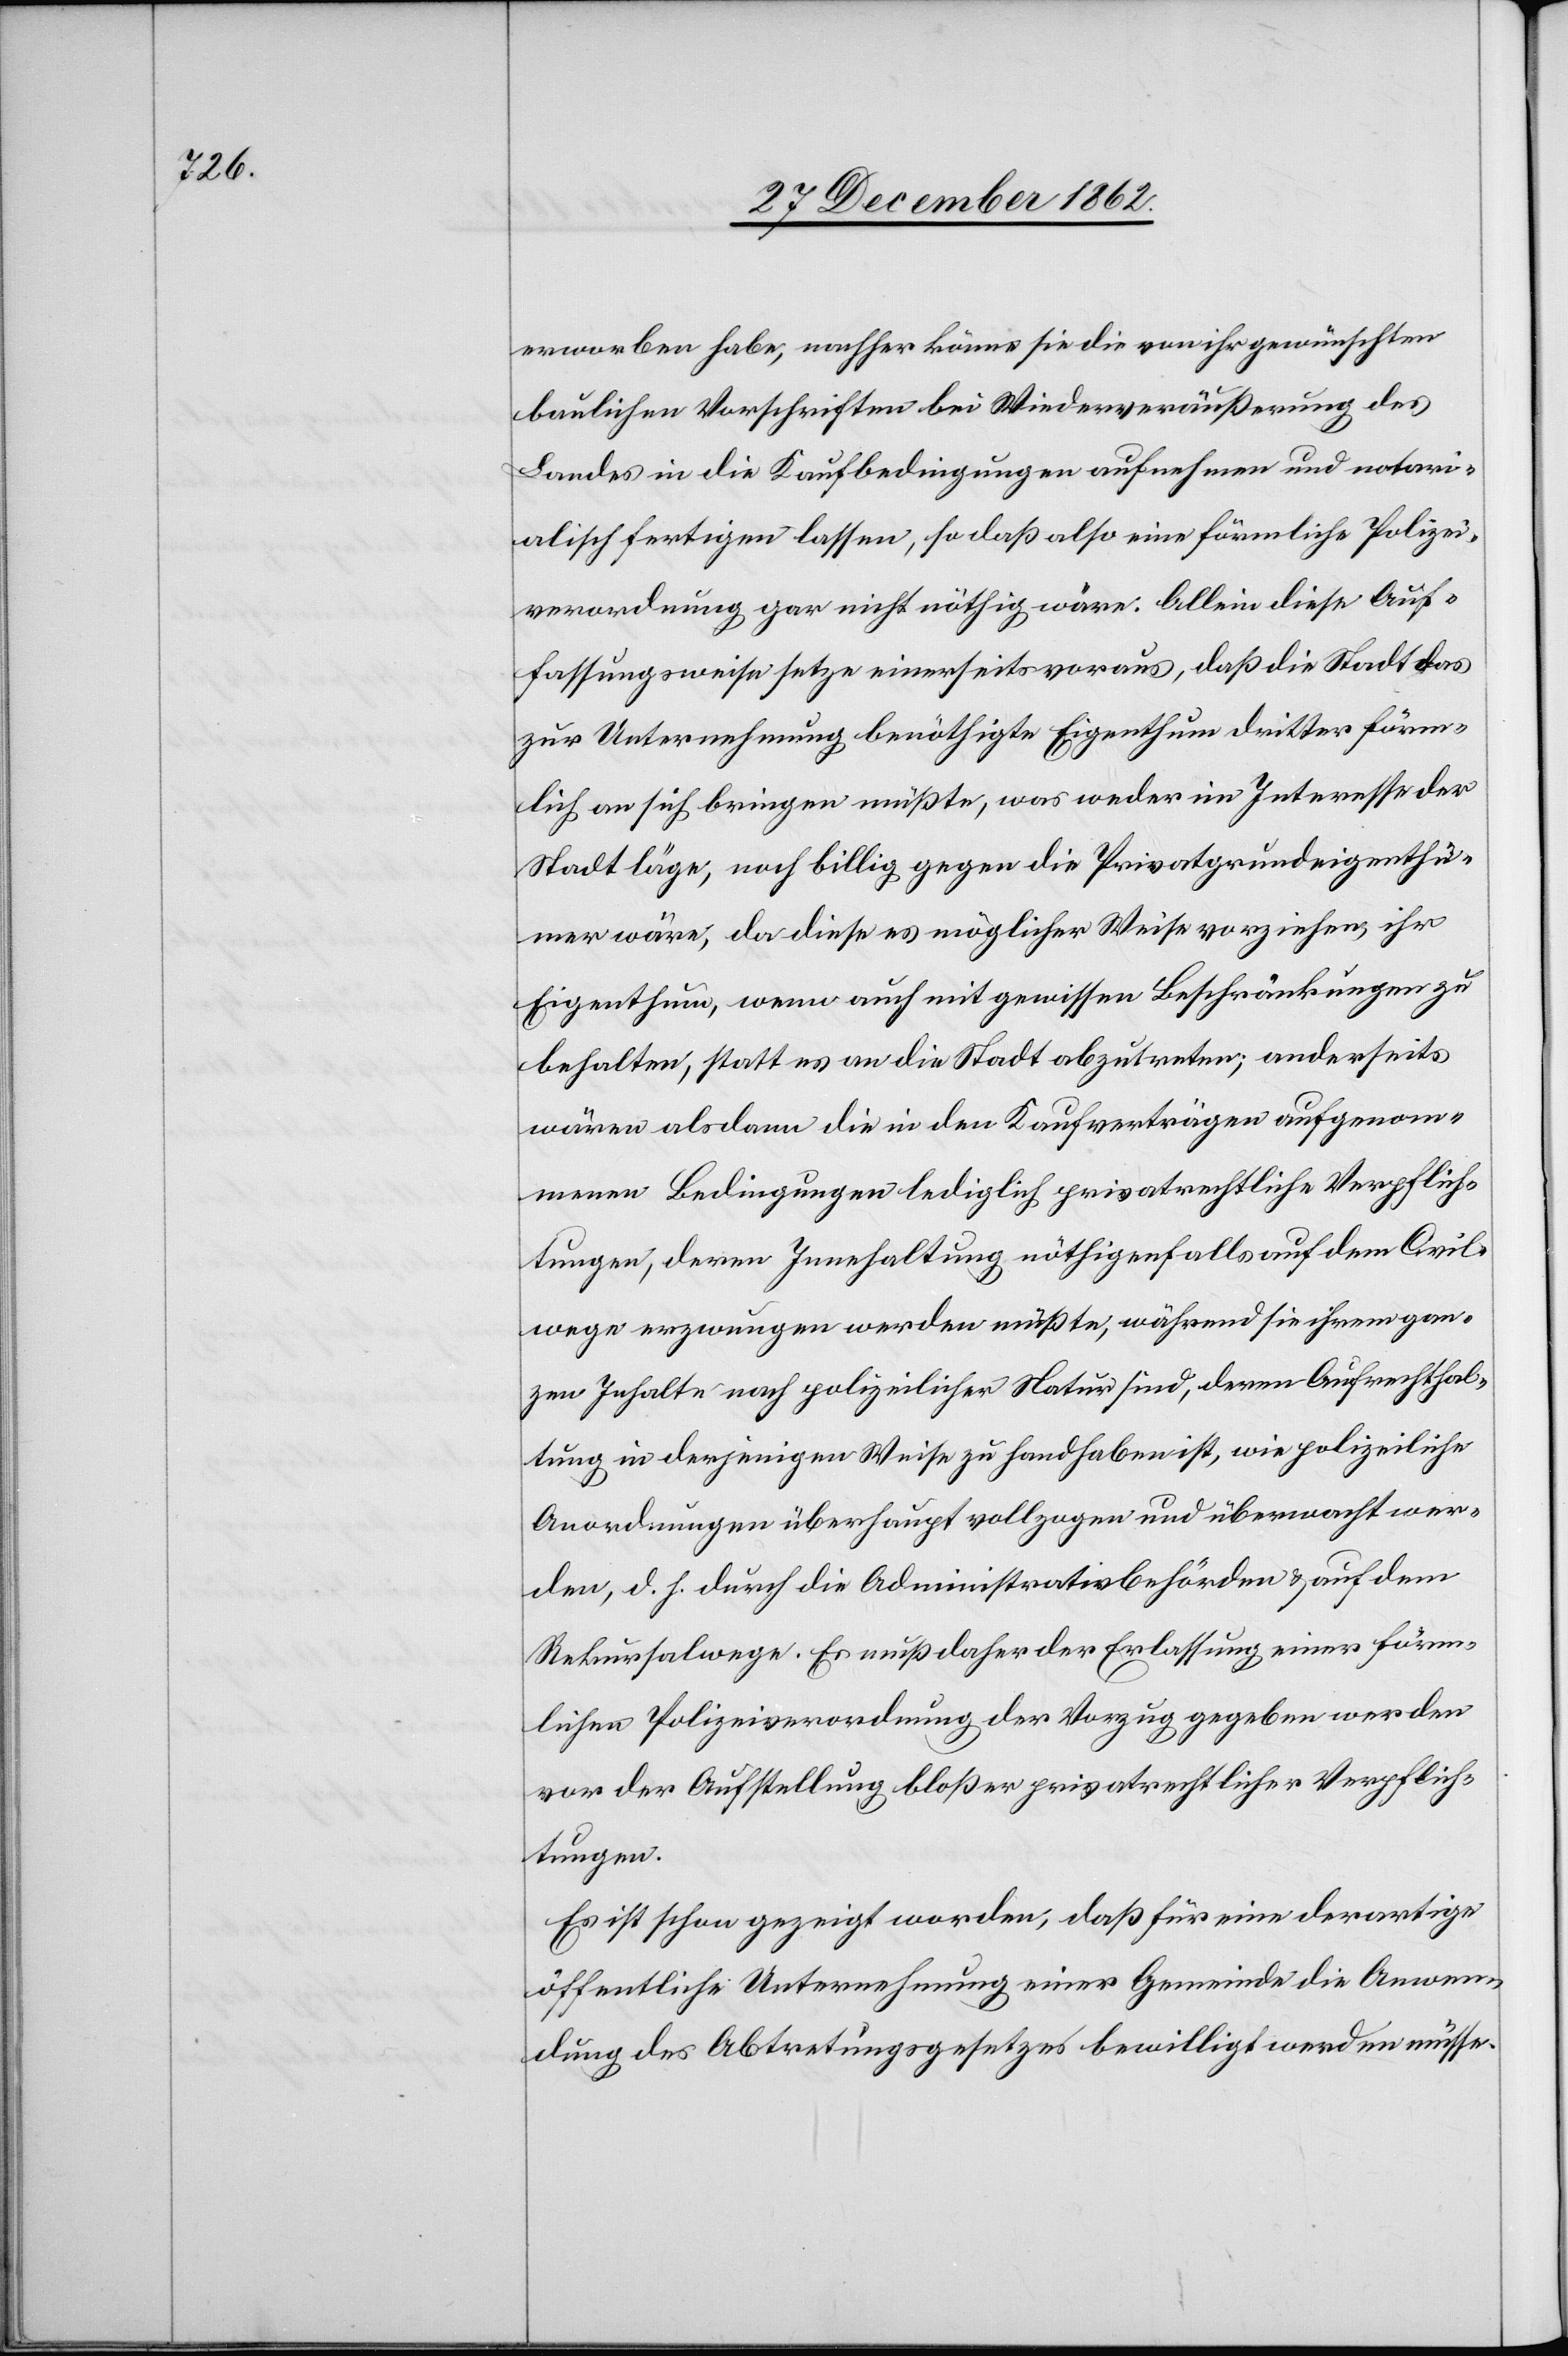
erworben habe, nachher könne sie die von ihr gewünschten
baulichen Vorschriften bei Wiederveräußerung des
Landes in die Kaufbedingungen aufnehmen und notari¬
alisch fertigen lassen, so daß also eine förmliche Polizei¬
verordnung gar nicht nöthig wäre. Allein diese Auf¬
fassungsweise setzte einerseits voraus, daß die Stadt das
zur Unternehmung benöthigte Eigenthum dritter förm¬
lich an sich bringen müßte, was weder im Interesse der
Stadt läge, noch billig gegen die Privatgrundeigenthü¬
mer wäre, da diese es möglicher Weise vorziehen, ihr
Eigenthum, wenn auch mit gewissen Beschränkungen zu
behalten, statt es an die Stadt abzutreten; anderseits
wären alsdann die in den Kaufverträgen aufgenom¬
menen Bedingungen lediglich privatrechtliche Verpflich¬
tungen, deren Innehaltung nöthigenfalls auf dem Civil¬
wege erzwungen werden müßte, während sie ihrem gan¬
zen Inhalte nach polizeilicher Natur sind, deren Aufrechthal¬
tung in derjenigen Weise zu Hand haben ist, wie polizeiliche
Anordnungen überhaupt vollzogen und übermacht wer¬
den, d. h. durch die Administrativbehörden u. auf dem
Rekursalwege. Es muß daher der Erlassung einer förm¬
lichen Polizeiverordnung der Vorzug gegeben werden
vor der Aufstellung bloßer privatrechtlicher Verpflich¬
tungen.
Es ist schon gezeigt worden, daß für eine derartige
öffentliche Unternehmung einer Gemeinde die Anwen¬
dung des Abtretungsgesetzes bewilligt werden müsse.